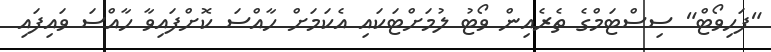
"ފަހިވޯޓް" ސިސްޓަމްގެ ތެރެއިން ވޯޓު ލުމަށްޓަކައި އެކަމަށް ހާއްސަ ކޮށްފައިވާ ހާއްސަ ވައިފައި